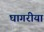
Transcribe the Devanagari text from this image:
घागरीया